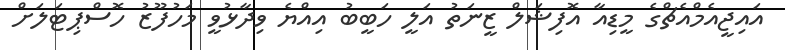
އައިޖީއެމްއެޗްގެ މީޑިއާ އޮފިޝަލް ޒީނަތު އަލީ ހަބީބު އިއްޔެ ވިދާޅުވީ މަހުފޫޒު ހޮސްޕިޓަލަށް